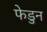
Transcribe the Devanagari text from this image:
फेडुन